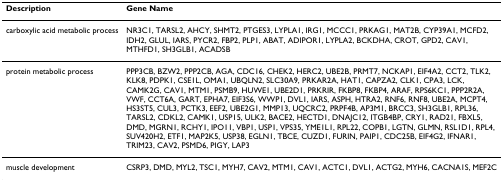
| Description | Gene Name |
 | --- | --- |
 | carboxylic acid metabolic process | NR3C1, TARSL2, AHCY, SHMT2, PTGES3, LYPLA1, IRG1, MCCC1, PRKAG1, MAT2B, CYP39A1, MCFD2, IDH2, GLUL, IARS, PYCR2, FBP2, PLP1, ABAT, ADIPOR1, LYPLA2, BCKDHA, CROT, GPD2, CAV1, MTHFD1, SH3GLB1, ACADSB |
 | protein metabolic process | PPP3CB, BZW2, PPP2CB, AGA, CDC16, CHEK2, HERC2, UBE2B, PRMT7, NCKAP1, EIF4A2, CCT2, TLK2, KLK8, PDPK1, CSE1L, OMA1, UBQLN2, SLC30A9, PRKAR2A, HAT1, CAPZA2, CLK1, CPA3, LCK, CAMK2G, CAV1, MTM1, PSMB9, HUWE1, UBE2D1, PRKRIR, FKBP8, FKBP4, ARAF, RPS6KC1, PPP2R2A, VWF, CCT6A, GART, EPHA7, EIF3S6, WWP1, DVL1, IARS, ASPH, HTRA2, RNF6, RNF8, UBE2A, MCPT4, HS3ST5, CUL3, PCTK3, EEF2, UBE2G1, MMP13, UQCRC2, PRPF4B, AP3M1, BRCC3, SH3GLB1, RPL36, TARSL2, CDKL2, CAMK1, USP15, ULK2, BACE2, HECTD1, DNAJC12, ITGB4BP, CRY1, RAD21, FBXL5, DMD, MGRN1, RCHY1, IPO11, VBP1, USP1, VPS35, YME1L1, RPL22, COPB1, LGTN, GLMN, RSL1D1, RPL4, SUV420H2, ETF1, MAP2K5, USP38, EGLN1, TBCE, CUZD1, FURIN, PAIP1, CDC25B, EIF4G2, IFNAR1, TRIM23, CAV2, PSMD6, PIGY, LAP3 |
 | muscle development | CSRP3, DMD, MYL2, TSC1, MYH7, CAV2, MTM1, CAV1, ACTC1, DVL1, ACTG2, MYH6, CACNA1S, MEF2C |